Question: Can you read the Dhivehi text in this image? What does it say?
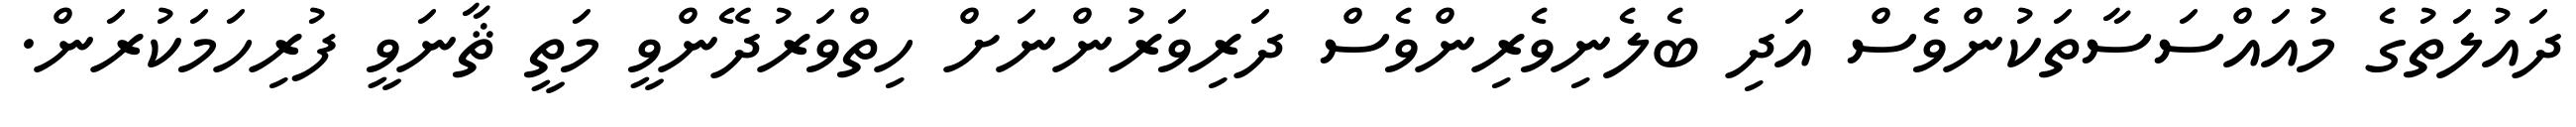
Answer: ދައުލަތުގެ މުއައްސަސާތަކުންވެސް އަދި ބެލެނިވެރިންވެސް ދަރިވަރުންނަށް ހިތްވަރުދޭންވީ މަތީ ޘާނަވީ ފުރިހަމަކުރަން.